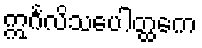
ဣင်္ဂလိသပေါတ္ထကေ